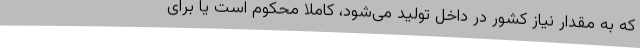
که به مقدار نیاز کشور در داخل تولید می‌شود، کاملا محکوم است یا برای